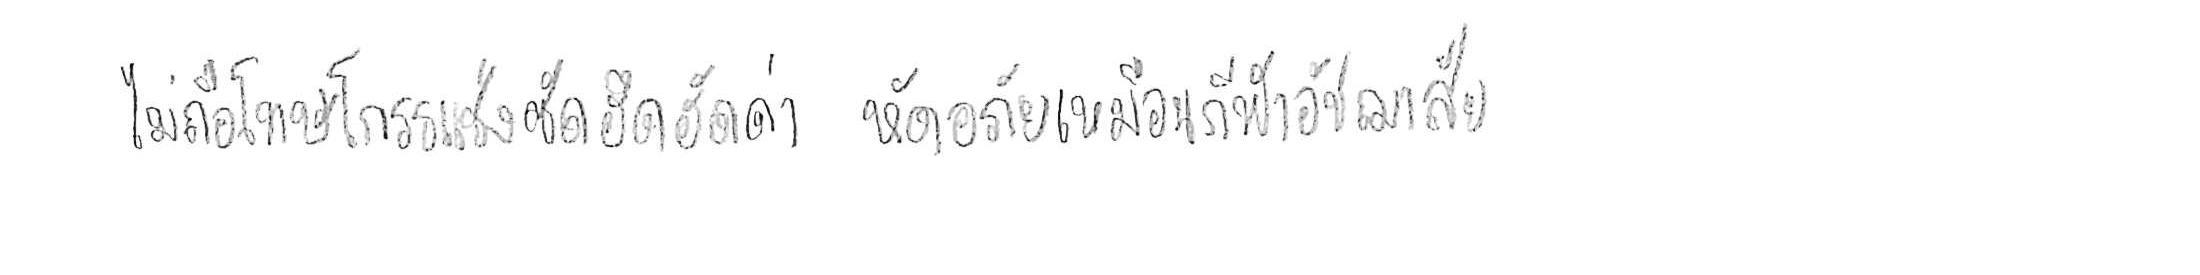
ไม่ถือโทษโกรธแช่งซัดฮึดฮัดด่า หัดอภัยเหมือนกีฬาอัชฌาสัย